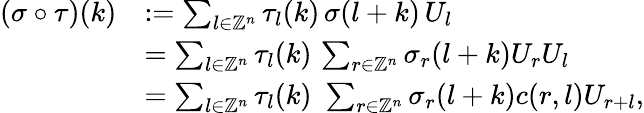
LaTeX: \begin{array}{rl}{(\sigma\circ\tau)(k)}&{:=\sum_{l\in\mathbb{Z}^{n}}\tau_{l}(k)\, \sigma(l+k)\, U_{l}}\\ &{=\sum_{l\in\mathbb{Z}^{n}}\tau_{l}(k)\, \sum_{r\in\mathbb{Z}^{n}}\sigma_{r}(l+k)U_{r}U_{l}}\\ &{=\sum_{l\in\mathbb{Z}^{n}}\tau_{l}(k)\, \, \sum_{r\in\mathbb{Z}^{n}}\sigma_{r}(l+k)c(r,l)U_{r+l},}\end{array}